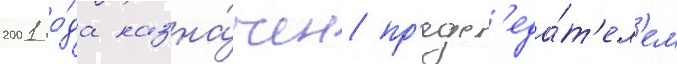
2001 го́да назна́чен пр'едс'еда́т'ел'ем